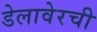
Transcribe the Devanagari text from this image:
डेलावेरची